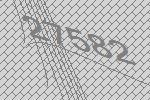
27582